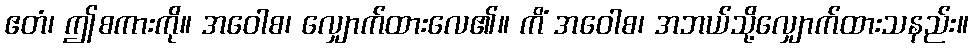
ဧတံ၊ ဤစကားကို။ အဝေါစ၊ လျှောက်ထားလေ၏။ ကိံ အဝေါစ၊ အဘယ်သို့လျှောက်ထားသနည်း။